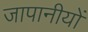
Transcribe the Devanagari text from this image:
जापानीयों